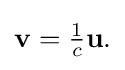
{\textstyle \mathbf {v} ={\frac {1}{c}}\mathbf {u} .}